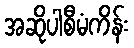
အဆိုပါစီမံကိန်း